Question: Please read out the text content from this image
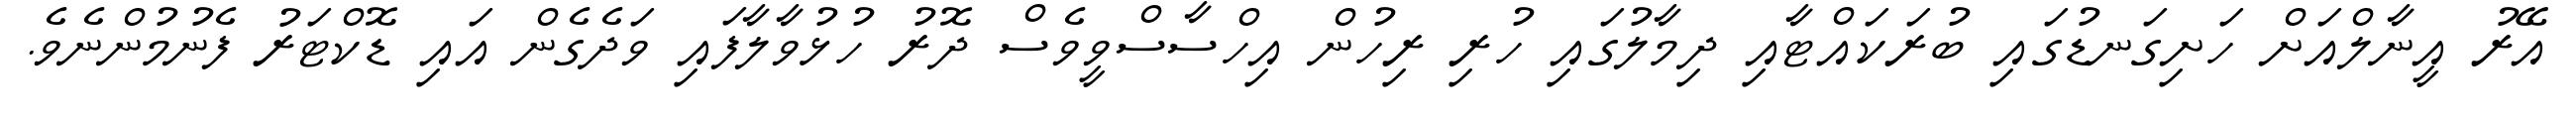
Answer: އޭރު އީނާލްއަށް ހަށިގަނޑުގައި ބުރަކައްޓާއި ދިމާލުގައި ހުރި ރިހުން އިހްސާސްވީވެސް ދޮރު ހުޅުވާލާފައި ވަދެގެން އައި ޑޮކްޓަރު ފެނުމުންނެވެ.